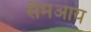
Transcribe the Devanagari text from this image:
सैमआय